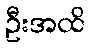
ဦးအထိ